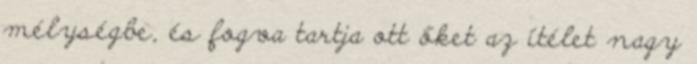
mélységbe, és fogva tartja ott őket az ítélet nagy